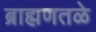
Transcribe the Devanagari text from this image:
ब्राह्मणतळे